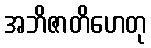
အဘိဇာတိဟေတု